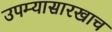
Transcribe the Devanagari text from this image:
उपम्यासारखाच